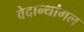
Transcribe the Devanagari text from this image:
वेदान्थांगल